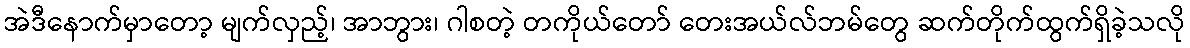
အဲဒီနောက်မှာတော့ မျက်လှည့်၊ အာဘွား၊ ဂါစတဲ့ တကိုယ်တော် တေးအယ်လ်ဘမ်တွေ ဆက်တိုက်ထွက်ရှိခဲ့သလို